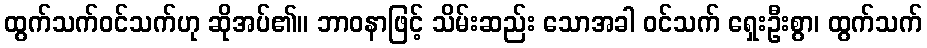
ထွက်သက်ဝင်သက်ဟု ဆိုအပ်၏။ ဘာဝနာဖြင့် သိမ်းဆည်း သောအခါ ဝင်သက် ရှေးဦးစွာ၊ ထွက်သက်